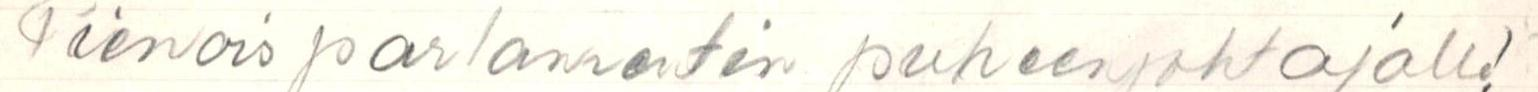
Pienois parlamentin puheenjohtajalle!